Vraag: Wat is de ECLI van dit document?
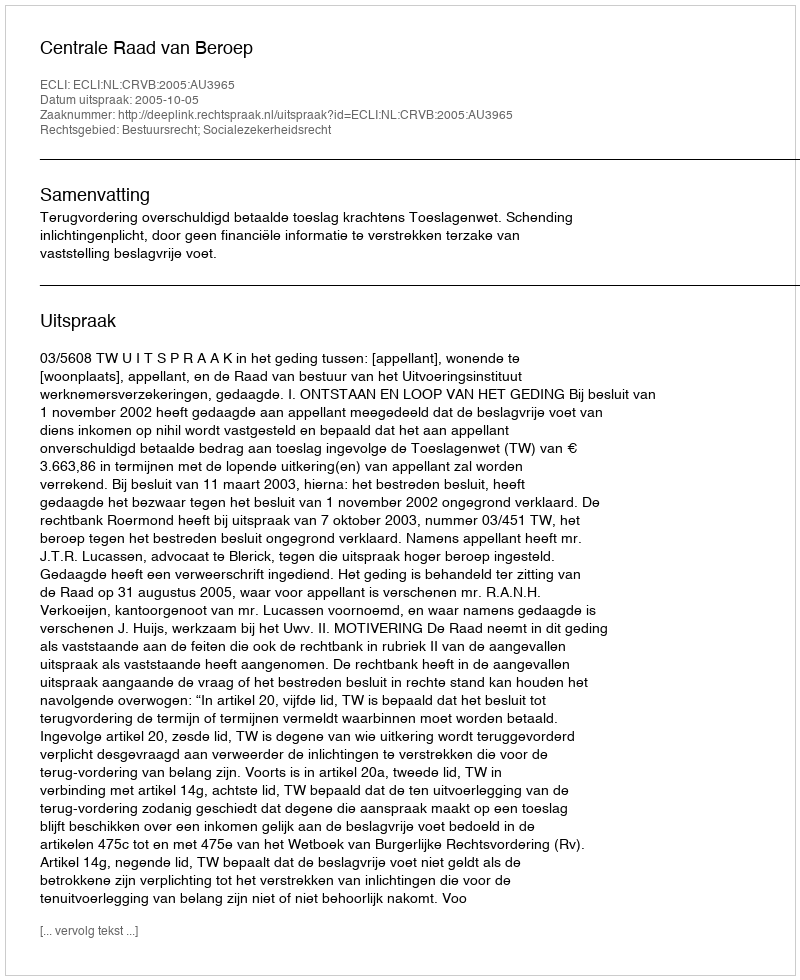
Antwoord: ECLI:NL:CRVB:2005:AU3965